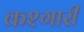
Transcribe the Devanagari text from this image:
कश्गारी